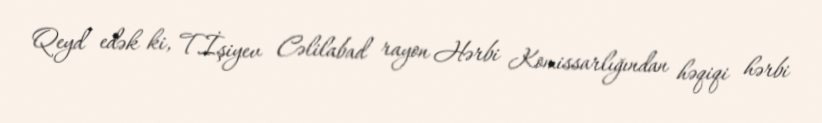
Qeyd edək ki, T.İşiyev Cəlilabad rayon Hərbi Komissarlığından həqiqi hərbi